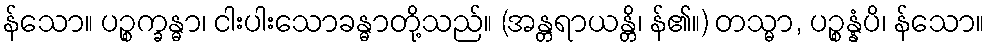
န်သော။ ပဉ္စက္ခန္ဓာ၊ ငါးပါးသောခန္ဓာတို့သည်။ (အန္တရာယန္တိ၊ န်၏။) တသ္မာ, ပဉ္စန္နံပိ၊ န်သော။